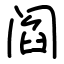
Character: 阎